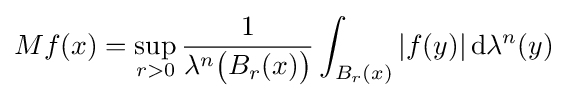
Mf(x)=\sup _{r>0}{\frac {1}{\lambda ^{n}{\big (}B_{r}(x){\big )}}}\int _{B_{r}(x)}|f(y)|\,\mathrm {d} \lambda ^{n}(y)